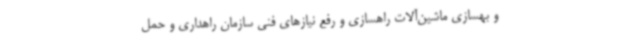
و بهسازی ماشین‌آلات راهسازی و رفع نیازهای فنی سازمان راهداری و حمل